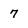
Character: 7